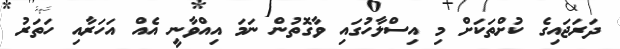
ދަރަޖައިގެ ކުށްތަކަށް މި އިސްލާހުގައި ވާގޮތުން ނަމަ އިއްވާނީ އެއް އަހަރާއި ހަތަރު